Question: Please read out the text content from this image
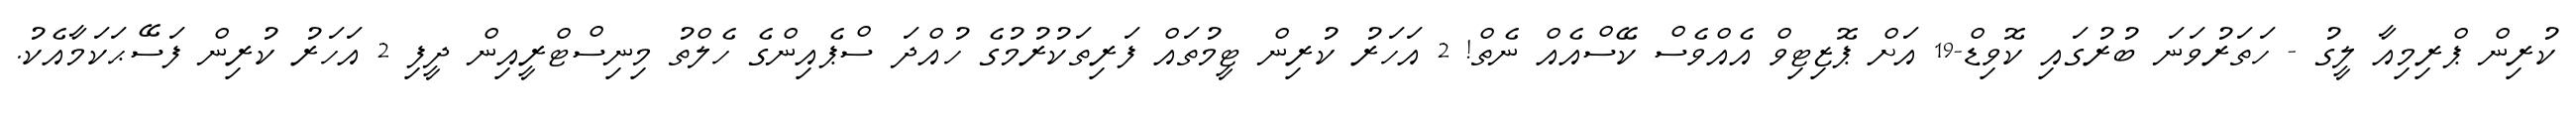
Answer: ކުރިން ޕްރިމިއާ ލީގު - ހަތަރުވަނަ ބުރުގައި ކޮވިޑް-19 އަށް ޕޮޒިޓިވް އެއްވެސް ކޭސްއެއް ނެތް! 2 އަހަރު ކުރިން ޓީމުތައް ފަރިތަކުރުމުގެ ހުއްދަ ސްޕެއިންގެ ހެލްތު މިނިސްޓްރީއިން ދީފި 2 އަހަރު ކުރިން ފަސޭޙަކަމާއެކު.